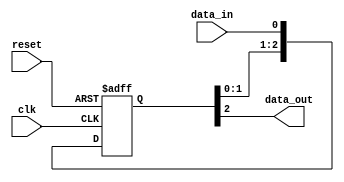
module three_flop_synchronizer(
    input wire clk,
    input wire reset,
    input wire data_in,
    output reg data_out
);

reg [2:0] d_ff;

// Synchronization logic
always @(posedge clk or posedge reset) begin
    if (reset) begin
        d_ff <= 3'b0;
    end else begin
        d_ff <= {d_ff[1:0], data_in};
    end
end

// Output logic
assign data_out = d_ff[2];

endmodule